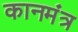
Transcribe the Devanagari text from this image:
कानमंत्र